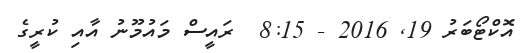
އޮކްޓޯބަރު 19